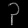
Digit: ၃